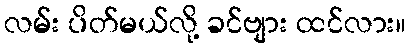
လမ်း ပိတ်မယ်လို့ ခင်ဗျား ထင်လား။